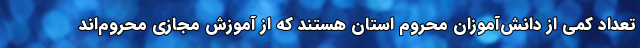
تعداد کمی از دانش‌آموزان محروم استان هستند که از آموزش مجازی محروم‌اند